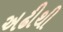
અઢીથી